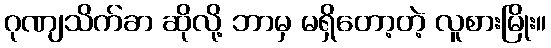
ဂုဏျသိက်ခာ ဆိုလို့ ဘာမှ မရှိတော့တဲ့ လူစားမြိုး။